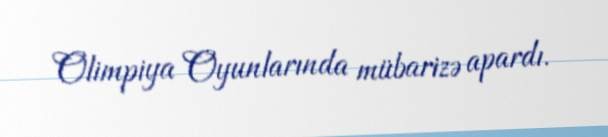
Olimpiya Oyunlarında mübarizə apardı.